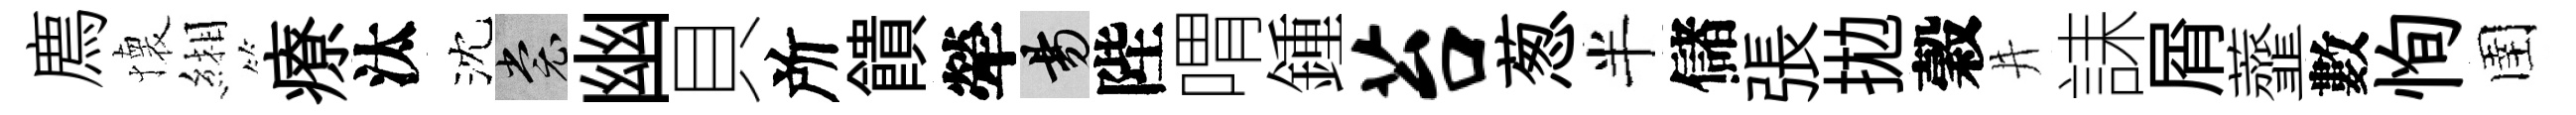
廌懐緗療汰沈裳幽貝所饋犖昜陛喟鍾苔葱半儲張拋穀井誄屑虀數恂圉